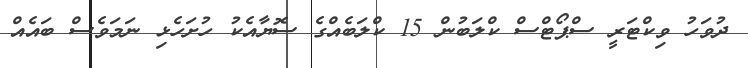
ދުވަހު ވިކްޓަރީ ސްޕޯޓްސް ކްލަބުން 15 ކްލަބެއްގެ ސޮޔާއެކު ހުށަހެޅި ނަމަވެސް ބައެއް